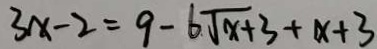
3 x - 2 = 9 - 6 \sqrt { x + 3 } + x + 3